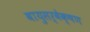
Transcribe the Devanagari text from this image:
वायुसर्वेक्षण